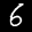
Label: 6